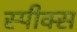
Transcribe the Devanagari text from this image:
स्पीक्स